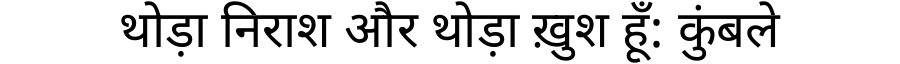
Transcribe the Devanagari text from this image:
थोड़ा निराश और थोड़ा ख़ुश हूँ: कुंबले